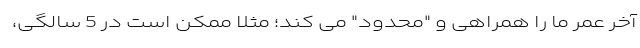
آخر عمر ما را همراهی و "محدود" می کند؛ مثلاً ممکن است در 5 سالگی،